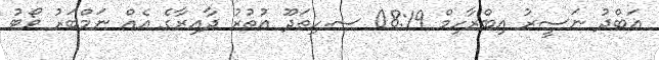
އަބްދު ނަސީރު އިބްރާހިމް 08:19 ސ.ހިތަދޫ އުތުރު ދާއިރާގެ އެއް ނަމްބަރު ވޯޓު